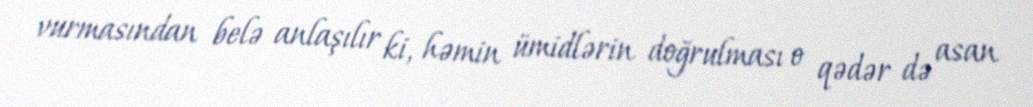
vurmasından belə anlaşılır ki, həmin ümidlərin doğrulması o qədər də asan